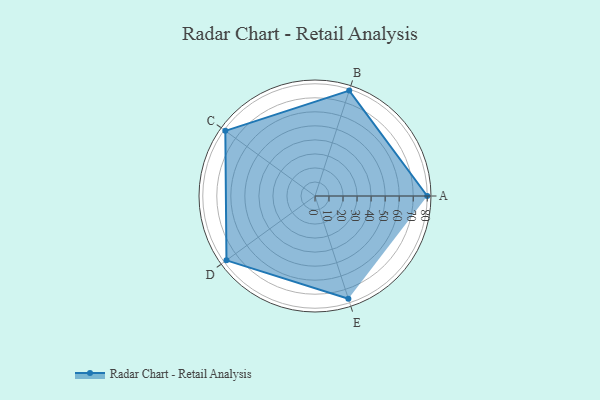
{"axis": {"x": "Skill", "y": "Score"}, "legend": ["Profile"], "data": [{"x": "A", "y": 80.0, "type": "Profile"}, {"x": "B", "y": 79.0, "type": "Profile"}, {"x": "C", "y": 79.0, "type": "Profile"}, {"x": "D", "y": 78.0, "type": "Profile"}, {"x": "E", "y": 77.0, "type": "Profile"}]}